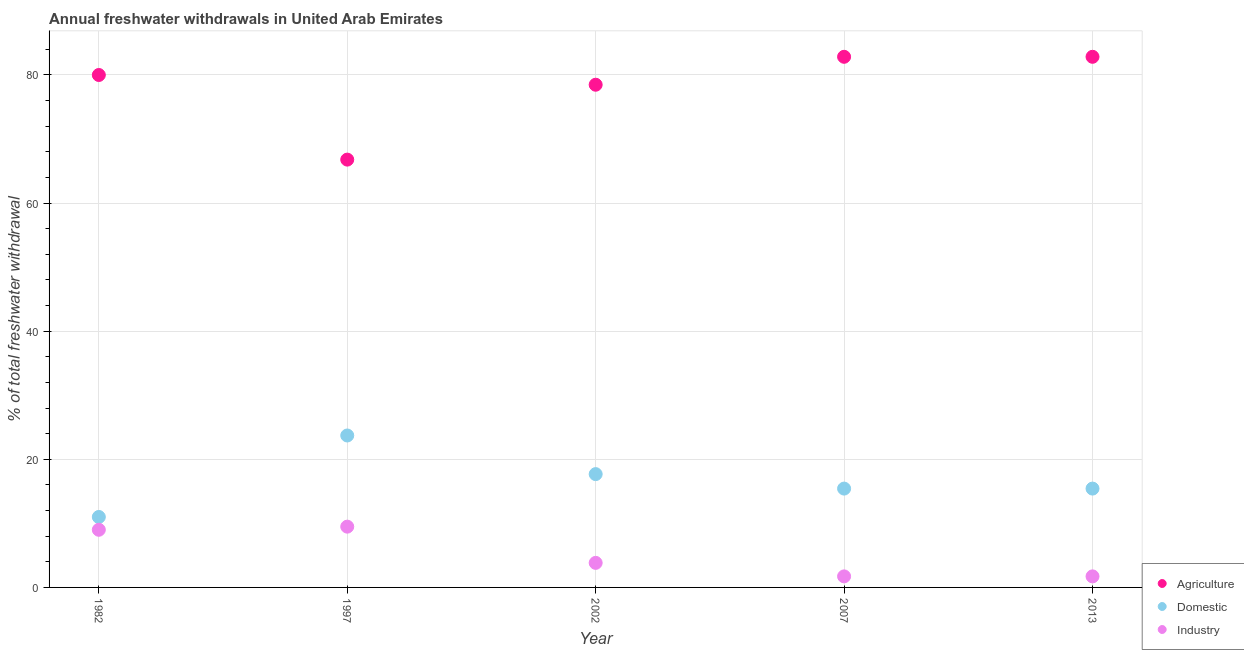
| Year | Agriculture | Domestic | Industry |
 | --- | --- | --- | --- |
 | 1982 | 80 | 11 | 9 |
 | 1997 | 66.8 | 23.7 | 9.49 |
 | 2002 | 78.5 | 17.7 | 3.83 |
 | 2007 | 82.8 | 15.4 | 1.73 |
 | 2013 | 82.8 | 15.4 | 1.73 |